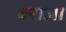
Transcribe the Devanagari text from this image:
बराला